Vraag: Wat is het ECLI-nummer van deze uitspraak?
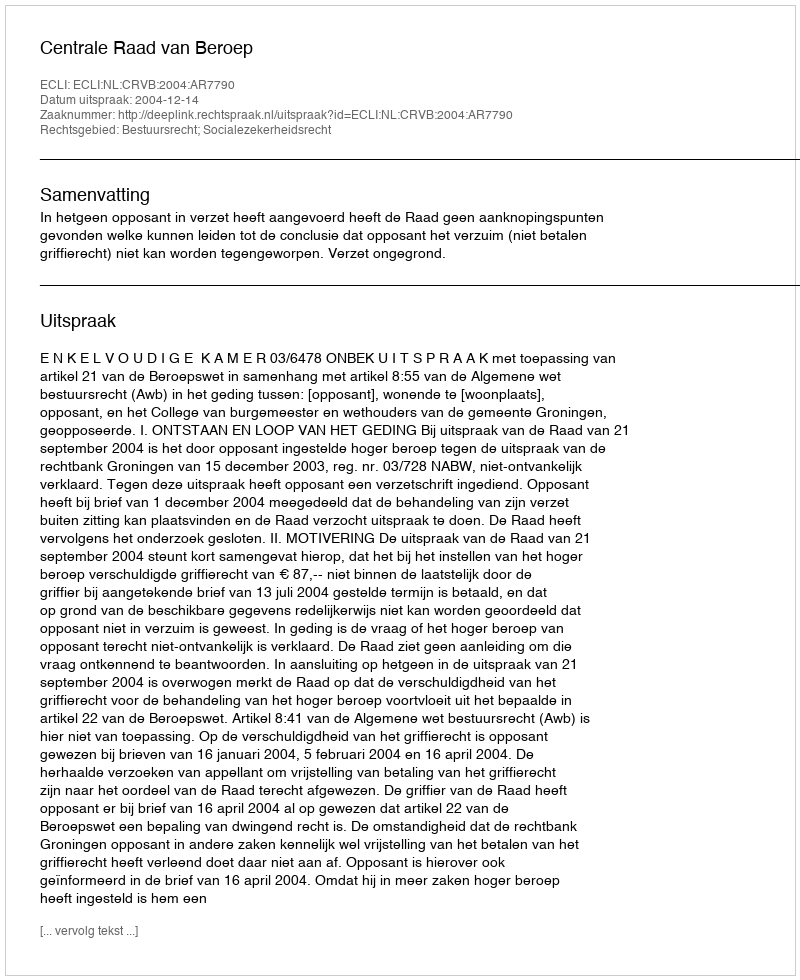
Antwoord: ECLI:NL:CRVB:2004:AR7790